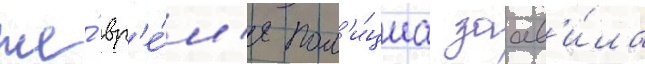
же́ вр'е́м'я пол'и́циа заав'и́ла